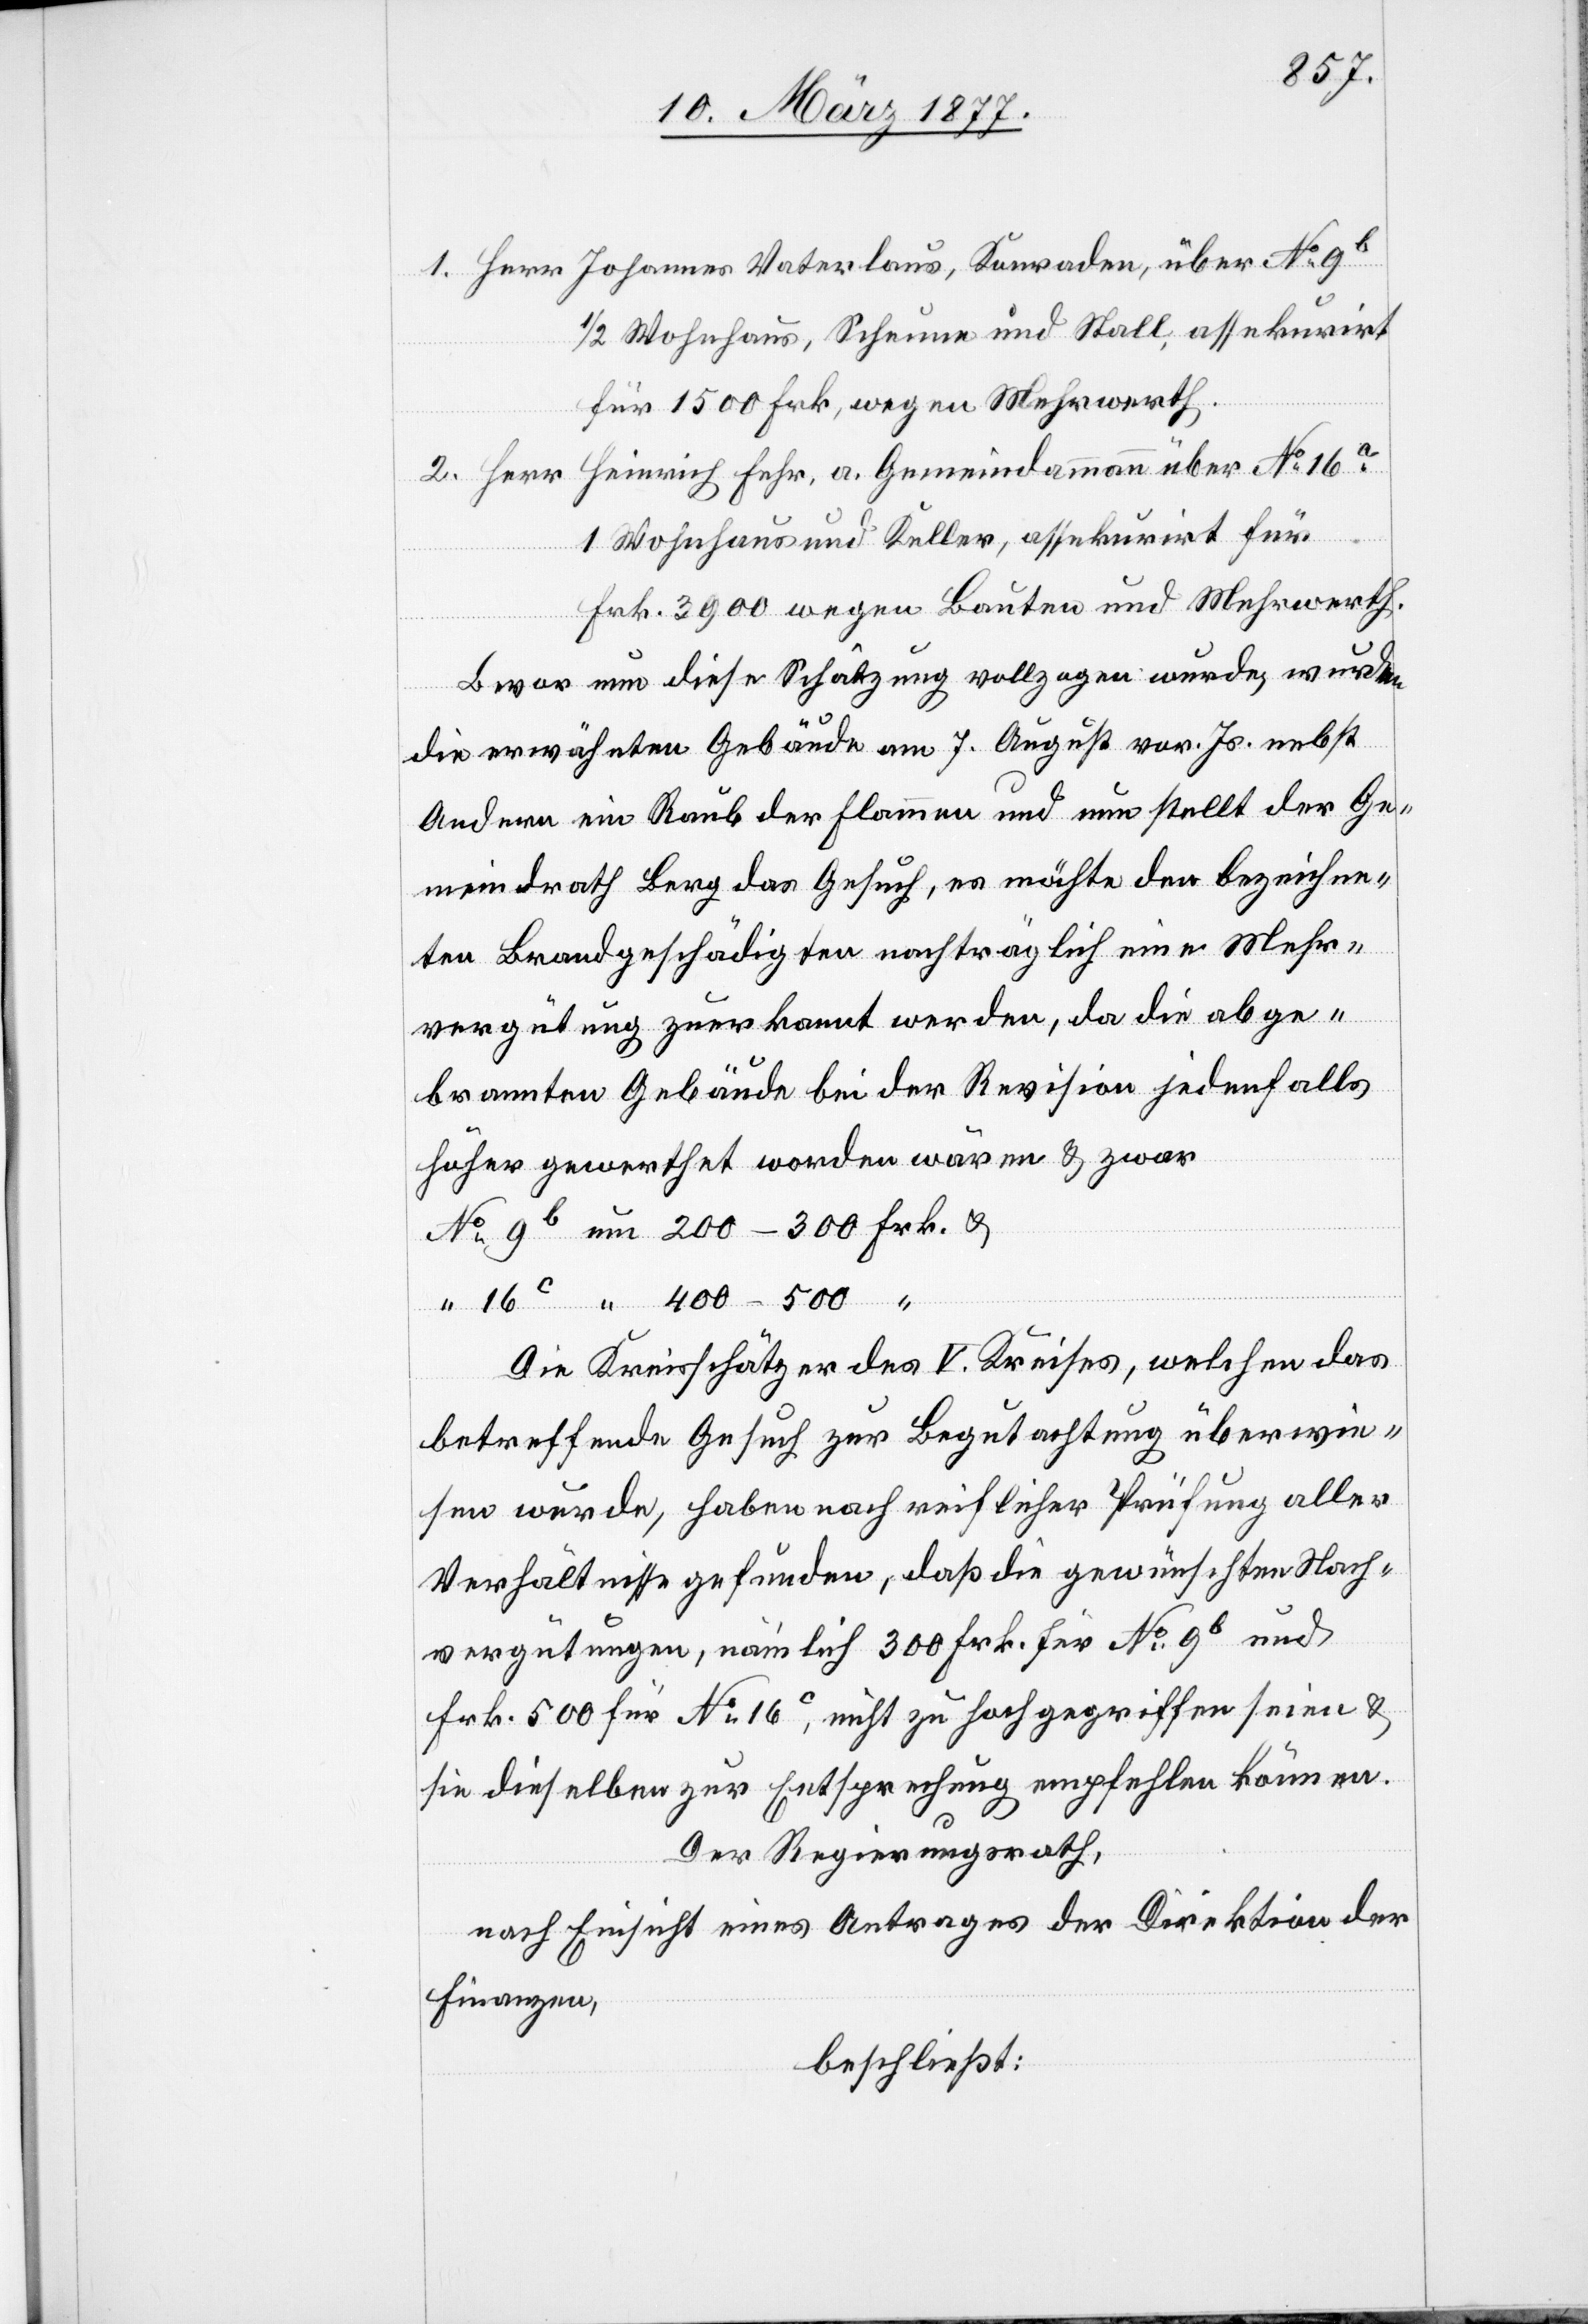
1. Herr Johannes Vaterlaus, Konraden, über No 9b
1/2 Wohnhaus, Scheune und Stall, assekurirt
für 1500 Frk., wegen Mehrwerth.
2. Herr Heinrich Fehr, a. Gemeindammann über No 16a
1 Wohnhaus und Keller, assekurirt für
Frk. 3900 wegen Bauten und Mehrwerth.
Bevor nun diese Schätzung vollzogen wurde, wurde¬
n
die erwähnten Gebäude am 7. August vor. Js. nebst
Andern ein Raub der Flammen und nun stellt der Ge¬
meindrath Berg das Gesuch, es möchte den bezeichne¬
ten Brandgeschädigten nachträglich eine Mehr¬
vergütung zuerkannt werden, da die abge¬
brannten Gebäude bei der Revision jedenfalls
höher gewerthet worden wären & zwar
No 9b um 200–300 Frk. &
Die Kreisschätzer des V. Kreises, welchen das
betreffende Gesuch zur Begutachtung überwie¬
sen wurde, haben nach reiflicher Prüfung aller
Verhältnisse gefunden, daß die gewünschten Nach¬
vergütungen, nämlich 300 Frk. für No 9b und
Frk. 500 für No 16c, nicht zu hoch gegriffen seien &
sie dieselben zur Entsprechung empfehlen können.
Der Regierungsrath,
nach Einsicht eines Antrages der Direktion des
Finanzen,
beschließt: